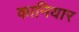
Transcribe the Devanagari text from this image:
कानियार